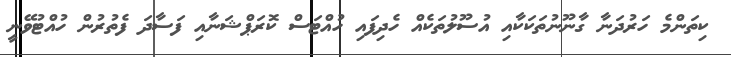
ކިތަންމެ ހަރުދަނާ ގާނޫނުތަކަކާއި އުސޫލުތަކެއް ހެދިފައި ހުއްޓަސް ކޮރަޕްޝަނާއި ފަސާދަ ފެތުރުން ހުއްޓުވޭނީ